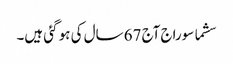
سشما سوراج آج 67 سال کی ہو گئی ہیں۔